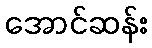
အောင်ဆန်း